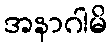
အနာဂါမိ